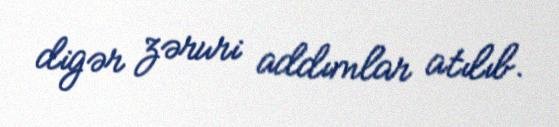
digər zəruri addımlar atılıb.